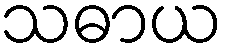
သဓာယ